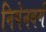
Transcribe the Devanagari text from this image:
निपेनबर्ग